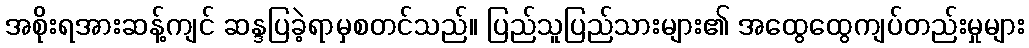
အစိုးရအားဆန့်ကျင် ဆန္ဒပြခဲ့ရာမှစတင်သည်။ ပြည်သူပြည်သားများ၏ အထွေထွေကျပ်တည်းမှုများ